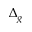
\Delta _ { g }